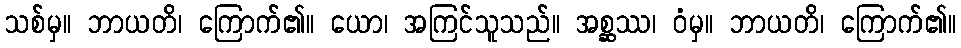
သစ်မှ။ ဘာယတိ၊ ကြောက်၏။ ယော၊ အကြင်သူသည်။ အစ္ဆဿ၊ ဝံမှ။ ဘာယတိ၊ ကြောက်၏။